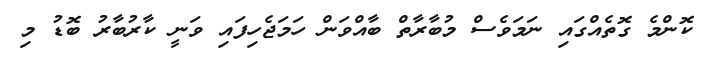
ކޮންމެ ގޮތެއްގައި ނަމަވެސް މުބާރާތް ބާއްވަން ހަމަޖެހިފައި ވަނީ ކާރުބާރު ބޮޑު މި